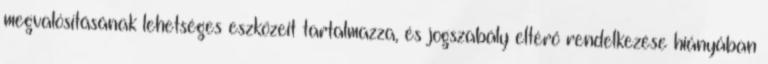
megvalósításának lehetséges eszközeit tartalmazza, és jogszabály eltérő rendelkezése hiányában